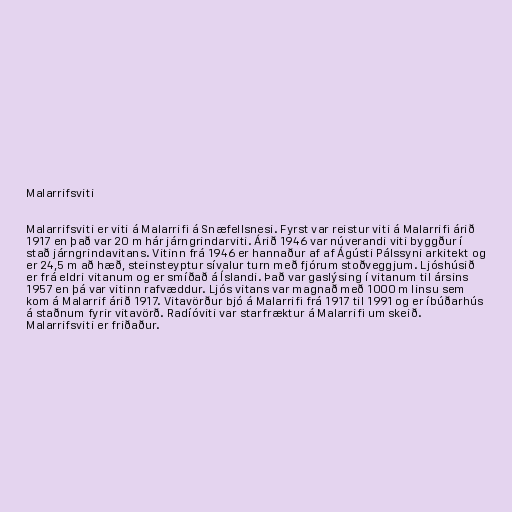
Malarrifsviti

Malarrifsviti er viti á Malarrifi á Snæfellsnesi. Fyrst var reistur viti á Malarrifi árið
1917 en það var 20 m hár járngrindarviti. Árið 1946 var núverandi viti byggður í
stað járngrindavitans. Vitinn frá 1946 er hannaður af af Ágústi Pálssyni arkitekt og
er 24,5 m að hæð, steinsteyptur sívalur turn með fjórum stoðveggjum. Ljóshúsið
er frá eldri vitanum og er smíðað á Íslandi. Það var gaslýsing í vitanum til ársins
1957 en þá var vitinn rafvæddur. Ljós vitans var magnað með 1000 m linsu sem
kom á Malarrif árið 1917. Vitavörður bjó á Malarrifi frá 1917 til 1991 og er íbúðarhús
á staðnum fyrir vitavörð. Radíóviti var starfræktur á Malarrifi um skeið.
Malarrifsviti er friðaður.